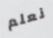
نعلم